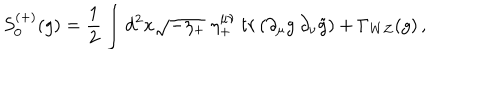
LaTeX: S _ { 0 } ^ { ( + ) } ( g ) = { \frac { 1 } { 2 } } \int d ^ { 2 } x \sqrt { - \eta _ { + } } \; \eta _ { + } ^ { \mu \nu } \: t r \left( \partial _ { \mu } g \: \partial _ { \nu } \tilde { g } \right) + \Gamma _ { W Z } ( g ) \, ,